Annual report of the Imperial Bacteriologist
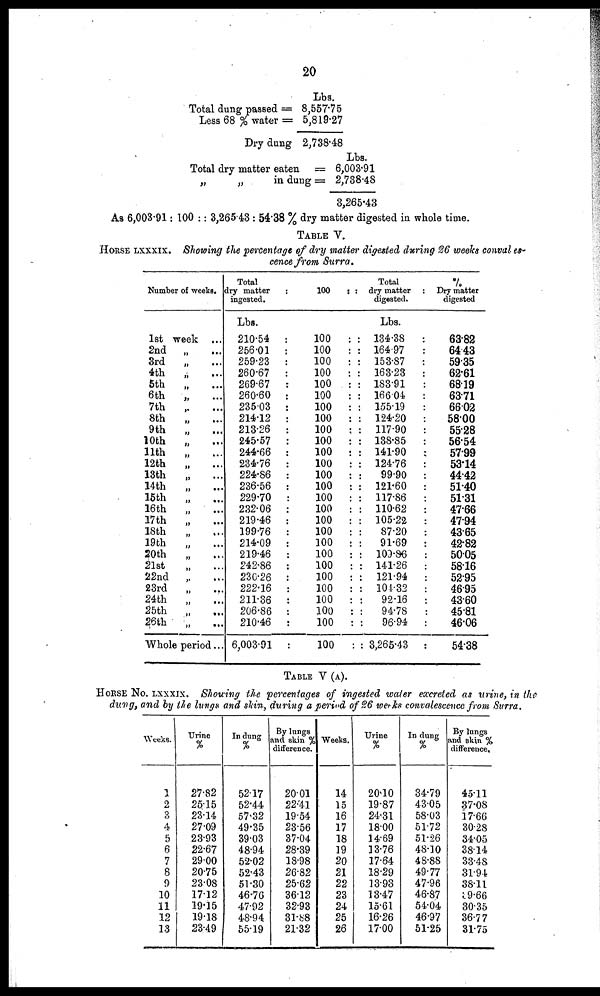
20
As 6,003.91:
Lbs.
Total dung passed = 8,557.75
Less 68 % water = 5,819.27
Dry dung 2,738.48
Lbs.
Total dry matter eaten = 6,003.91
„
„
in dung = 2,738.48
3,265.43
100 :: 3,265.43 : 54.38 % dry matter digested in whole time.
TABLE V.
HORSE LXXXIX. Showing the percentage of dry matter digested during 26 weeks conval es-
cence from Surra.
Number of weeks.
1st week ...
2nd „
3rd
4th
„
5th
„
6th
„
7th
,.
8th
„
...
9th
„
10th
„
11th
„
12th
„
13th
„
14th
„
15th
„
16th
17th
„
18th
„
...
19th
20th
„
21st
22nd ,.
23rd
„
24th
„
25th
„
26th
Whole period...
Total
dry matter
:
ingested.
Lbs.
210.54 :
256.01 :
259.23 :
260.67 :
269.67 :
260.60 :
235.03 :
214.12
213.26
245.57
244.66
234.76
224.86
236.56
229.70
232.06
219.46
199.76
214.09
219.46
242.86
230.26
222.16
211.36
206.86
210.46
6,003.91
100
100 :
100 :
100 :
100 :
100 . :
100 :
100 :
100 :
100 ;
100 :
100 :
100 :
:
100 :
100 :
:
100 :
:
100 :
:100 :
:
100 :
:
100 :
:
100 :
:
100
:
:
100 :
:
100 :
:
100 :
:
100 :
:
100 :
:
100 :
Total
dry matter :
digested.
Lbs.
: 134.38
: 164.97
: 153.87
: 163.23
: 183.91
: 166.04
: 155.19
: 124.20
; 117.90
: 138.85
: 141.90
: 124.76
:
99.90
: 121.60
: 117.86
: 110.62
: 105.22
:
87.20
:
91.69
: 109.86
: 141.26
: 121.94
: l04.32
:
92.16
:
94.78
:
96.94
: 3,265.43
%
Dry matter
digested
63.82
64.43
59.35
62.61
68.19
63.71
66.02
58.00
55.28
56.54
57.99
53.14
44.42
51.40
51.31
47.66
47.94
43.65
42.82
50.05
58.16
52.95
46.95
43.60
45.81
46.06
54.38
TABLE V (A).
HORSE No. LXXXIX. Showing the percentages of ingested water excreted as urine, in the
dung, and by the lungs and skin, during a period of 26 weeks convalescence from Surra.
Weeks.
1
2
3
4
5
6
7
8
9
10
11
12
13
Urine
%
27.82
25.15
23.14
27.09
23.93
22.67
29.00
20.75
23.08
17.12
19.15
19.18
23.49
In dung
%
52.17
52.44
57.32
49.35
39.03
48.94
52.02
52.43
51.30
46.76
47.92
48.94
55.19
By Iungs
and skin %
difference.
20.01
22.41
19.54
23.56
37.04
28.39
18.98
26.82
25.62
36.12
32.93
31.88
21.32
Weeks.
14
15
16
17
18
19
20
21
22
23
24
25
26
Urine
%
20.10
19.87
24.31
18.00
14.69
13.76
17.64
18.29
13.93
13.47
15.61
16.26
17.00
In dung
%
34.79
43.05
58.03
51.72
51.26
48.10
48.88
49.77
47.96
46.87
54.04
46.97
51.25
By lungs
and skin %
difference.
45.11
37.08
17.66
30.28
34.05
38.14
33.48
31.94
38.11
39.66
30.35
36.77
31.75